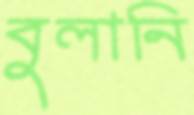
বুলানি